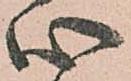
心